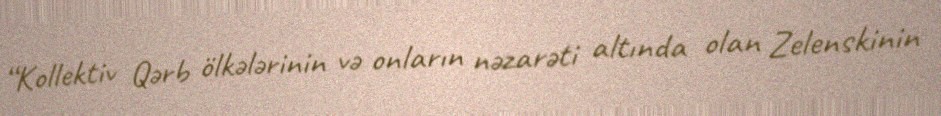
“Kollektiv Qərb ölkələrinin və onların nəzarəti altında olan Zelenskinin